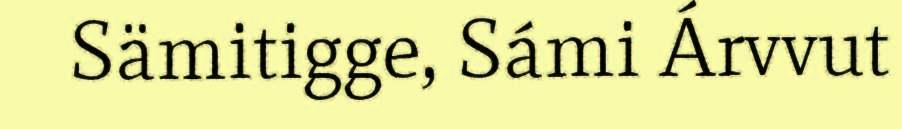
Sämitigge, Sámi Árvvut